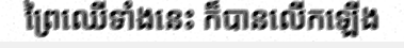
ព្រៃឈើទាំងនេះ ក៏បានលើកឡើង